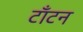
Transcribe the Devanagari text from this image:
टाँटन